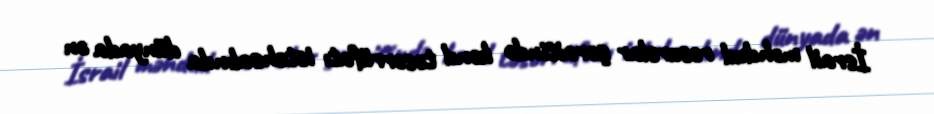
İsrail məhdud resurslar şəraitində kənd təsərrüfatı istehsalında dünyada ən